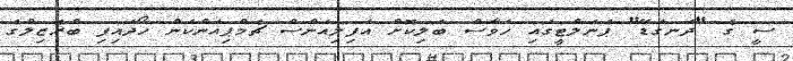
ސީ ގެ "ދަނގަޑޭ" ޕެނަލްޓީގައި ހަވާސް ބަލިކޮށް އަފިލިއަންސް ޗެމްޕިއަންކަން ހޯދައިފި ބްރެޒިލްގެ